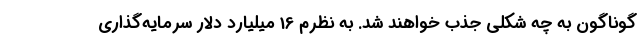
گوناگون به چه شکلی جذب خواهند شد. به نظرم 16 میلیارد دلار سرمایه‌گذاری